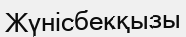
Жүнісбекқызы